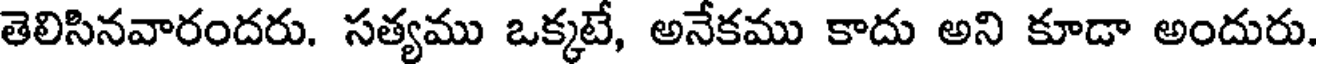
తెలిసినవారందరు. సత్యము ఒక్కటే, అనేకము కాదు అని కూడా అందురు